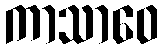
ကာသာဝေ